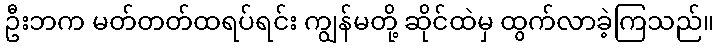
ဦးဘက မတ်တတ်ထရပ်ရင်း ကျွန်မတို့ ဆိုင်ထဲမှ ထွက်လာခဲ့ကြသည်။